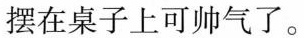
摆在桌子上可帅气了。